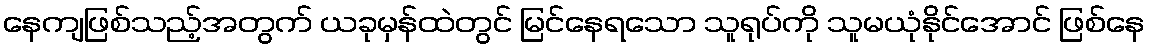
နေကျဖြစ်သည့်အတွက် ယခုမှန်ထဲတွင် မြင်နေရသော သူရုပ်ကို သူမယုံနိုင်အောင် ဖြစ်နေ